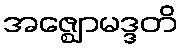
အဇ္ဈောမဒ္ဒတိ